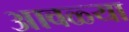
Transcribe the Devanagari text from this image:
आवळ्या